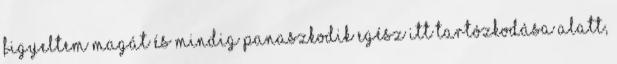
Figyeltem magát és mindig panaszkodik egész itt tartózkodása alatt,